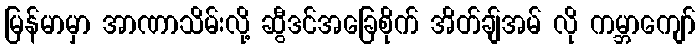
မြန်မာမှာ အာဏာသိမ်းလို့ ဆွီဒင်အခြေစိုက် အိတ်ချ်အမ် လို ကမ္ဘာကျော်